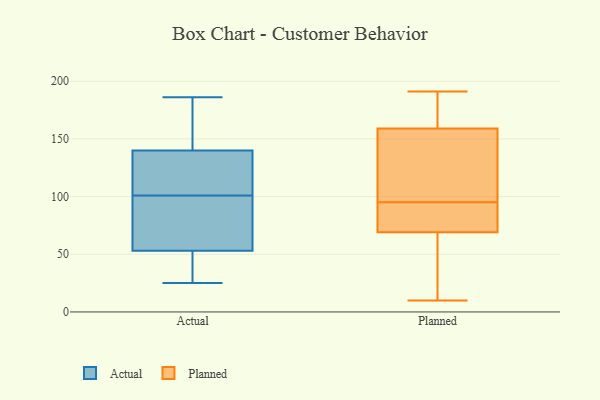
{"axis": {"x": "Revenue (USD Million)", "y": "Value"}, "legend": ["Actual", "Planned"], "data": [{"x": "", "y": 154, "type": "Actual"}, {"x": "", "y": 43, "type": "Actual"}, {"x": "", "y": 161, "type": "Actual"}, {"x": "", "y": 59, "type": "Actual"}, {"x": "", "y": 29, "type": "Actual"}, {"x": "", "y": 54, "type": "Actual"}, {"x": "", "y": 118, "type": "Actual"}, {"x": "", "y": 93, "type": "Actual"}, {"x": "", "y": 152, "type": "Actual"}, {"x": "", "y": 52, "type": "Actual"}, {"x": "", "y": 102, "type": "Actual"}, {"x": "", "y": 100, "type": "Actual"}, {"x": "", "y": 151, "type": "Actual"}, {"x": "", "y": 25, "type": "Actual"}, {"x": "", "y": 96, "type": "Actual"}, {"x": "", "y": 124, "type": "Actual"}, {"x": "", "y": 127, "type": "Actual"}, {"x": "", "y": 45, "type": "Actual"}, {"x": "", "y": 186, "type": "Actual"}, {"x": "", "y": 129, "type": "Actual"}, {"x": "", "y": 157, "type": "Planned"}, {"x": "", "y": 72, "type": "Planned"}, {"x": "", "y": 191, "type": "Planned"}, {"x": "", "y": 107, "type": "Planned"}, {"x": "", "y": 95, "type": "Planned"}, {"x": "", "y": 48, "type": "Planned"}, {"x": "", "y": 90, "type": "Planned"}, {"x": "", "y": 143, "type": "Planned"}, {"x": "", "y": 49, "type": "Planned"}, {"x": "", "y": 174, "type": "Planned"}, {"x": "", "y": 165, "type": "Planned"}, {"x": "", "y": 10, "type": "Planned"}, {"x": "", "y": 66, "type": "Planned"}, {"x": "", "y": 123, "type": "Planned"}, {"x": "", "y": 70, "type": "Planned"}, {"x": "", "y": 72, "type": "Planned"}, {"x": "", "y": 188, "type": "Planned"}]}